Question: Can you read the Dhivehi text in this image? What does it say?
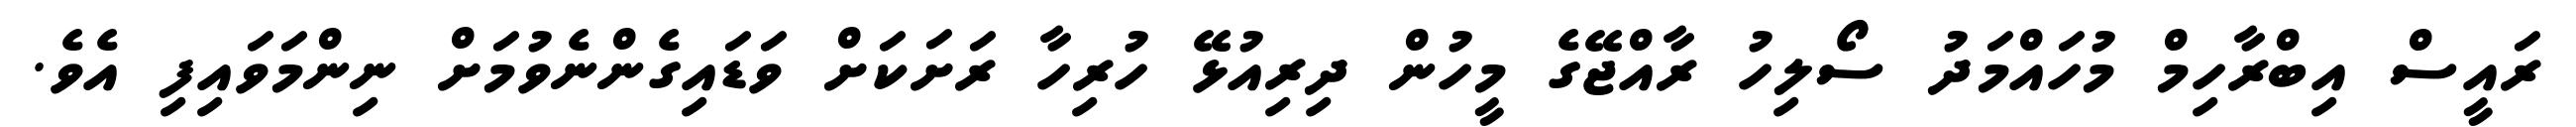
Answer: ރައީސް އިބްރާހިމް މުހައްމަދު ސޯލިހު ރާއްޖޭގެ މީހުން ދިރިއުޅޭ ހުރިހާ ރަށަކަށް ވަޑައިގެންނެވުމަށް ނިންމަވައިފި އެވެ.